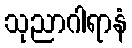
သုညာဂါရာနံ